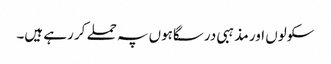
سکولوں اور مذہبی درسگاہوں پہ حملے کر رہے ہیں۔